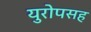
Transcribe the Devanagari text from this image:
युरोपसह